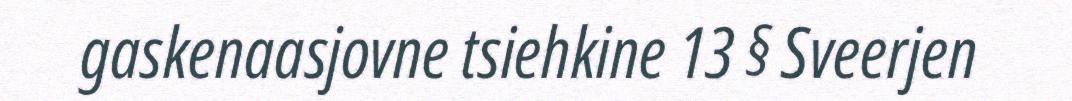
gaskenaasjovne tsiehkine 13 § Sveerjen